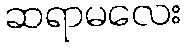
ဆရာမလေး